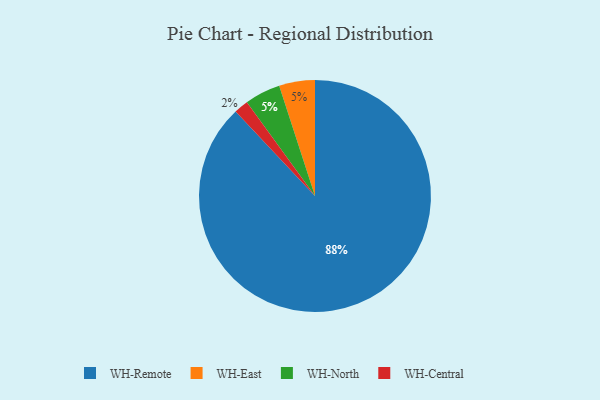
{"axis": {"x": "Category", "y": "Percentage"}, "legend": ["WH-Central", "WH-East", "WH-North", "WH-Remote"], "data": [{"x": "WH-East", "y": 5, "type": "WH-East"}, {"x": "WH-Central", "y": 2, "type": "WH-Central"}, {"x": "WH-Remote", "y": 88, "type": "WH-Remote"}, {"x": "WH-North", "y": 5, "type": "WH-North"}]}